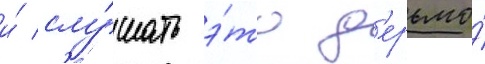
и́ слу́шать э́то д'ерьмо́